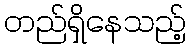
တည်ရှိနေသည့်